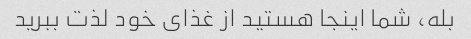
بله، شما اینجا هستید از غذای خود لذت ببرید